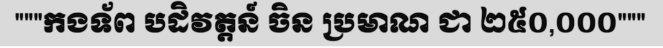
"""កងទ័ព បដិវត្តន៍ ចិន ប្រមាណ ជា ២៥០,០០០"""